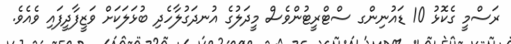
ރަސްމީ ގެކޮޅު 10 ޑައުނިންގ ސްޓްރީޓުންވެސް މީދަލުގެ އުނދަގުލާހެދި ބުޅަލަކަށް ވަޒީފާދީފައި ވެއެވެ.